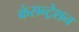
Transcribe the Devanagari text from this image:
कंसन्ट्रेशन